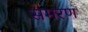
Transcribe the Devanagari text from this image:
समरण